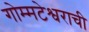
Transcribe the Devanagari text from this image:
गोम्मटेश्वराची